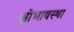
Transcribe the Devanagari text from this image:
क्षोभावस्था